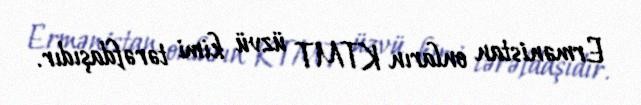
Ermənistan onların KTMT üzvü kimi tərəfdaşıdır.